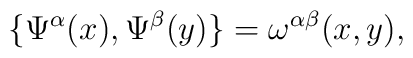
\{ \Psi^\alpha(x),\Psi^\beta(y) \}=\omega^{\alpha\beta}(x,y),